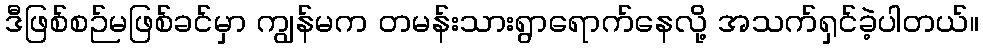
ဒီဖြစ်စဉ်မဖြစ်ခင်မှာ ကျွန်မက တမန်းသားရွာရောက်နေလို့ အသက်ရှင်ခဲ့ပါတယ်။